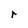
Character: r